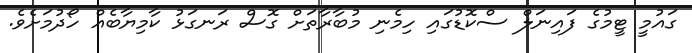
ގައުމީ ޓީމުގެ ފައިނަލް ސްކޮޑުގައި ހިމެނި މުބާރާތަށް ގޮސް ރަނގަޅު ކާމިޔާބެއް ހޯދުމަށެވެ.